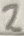
Text: 2